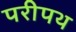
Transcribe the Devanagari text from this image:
परीपथ